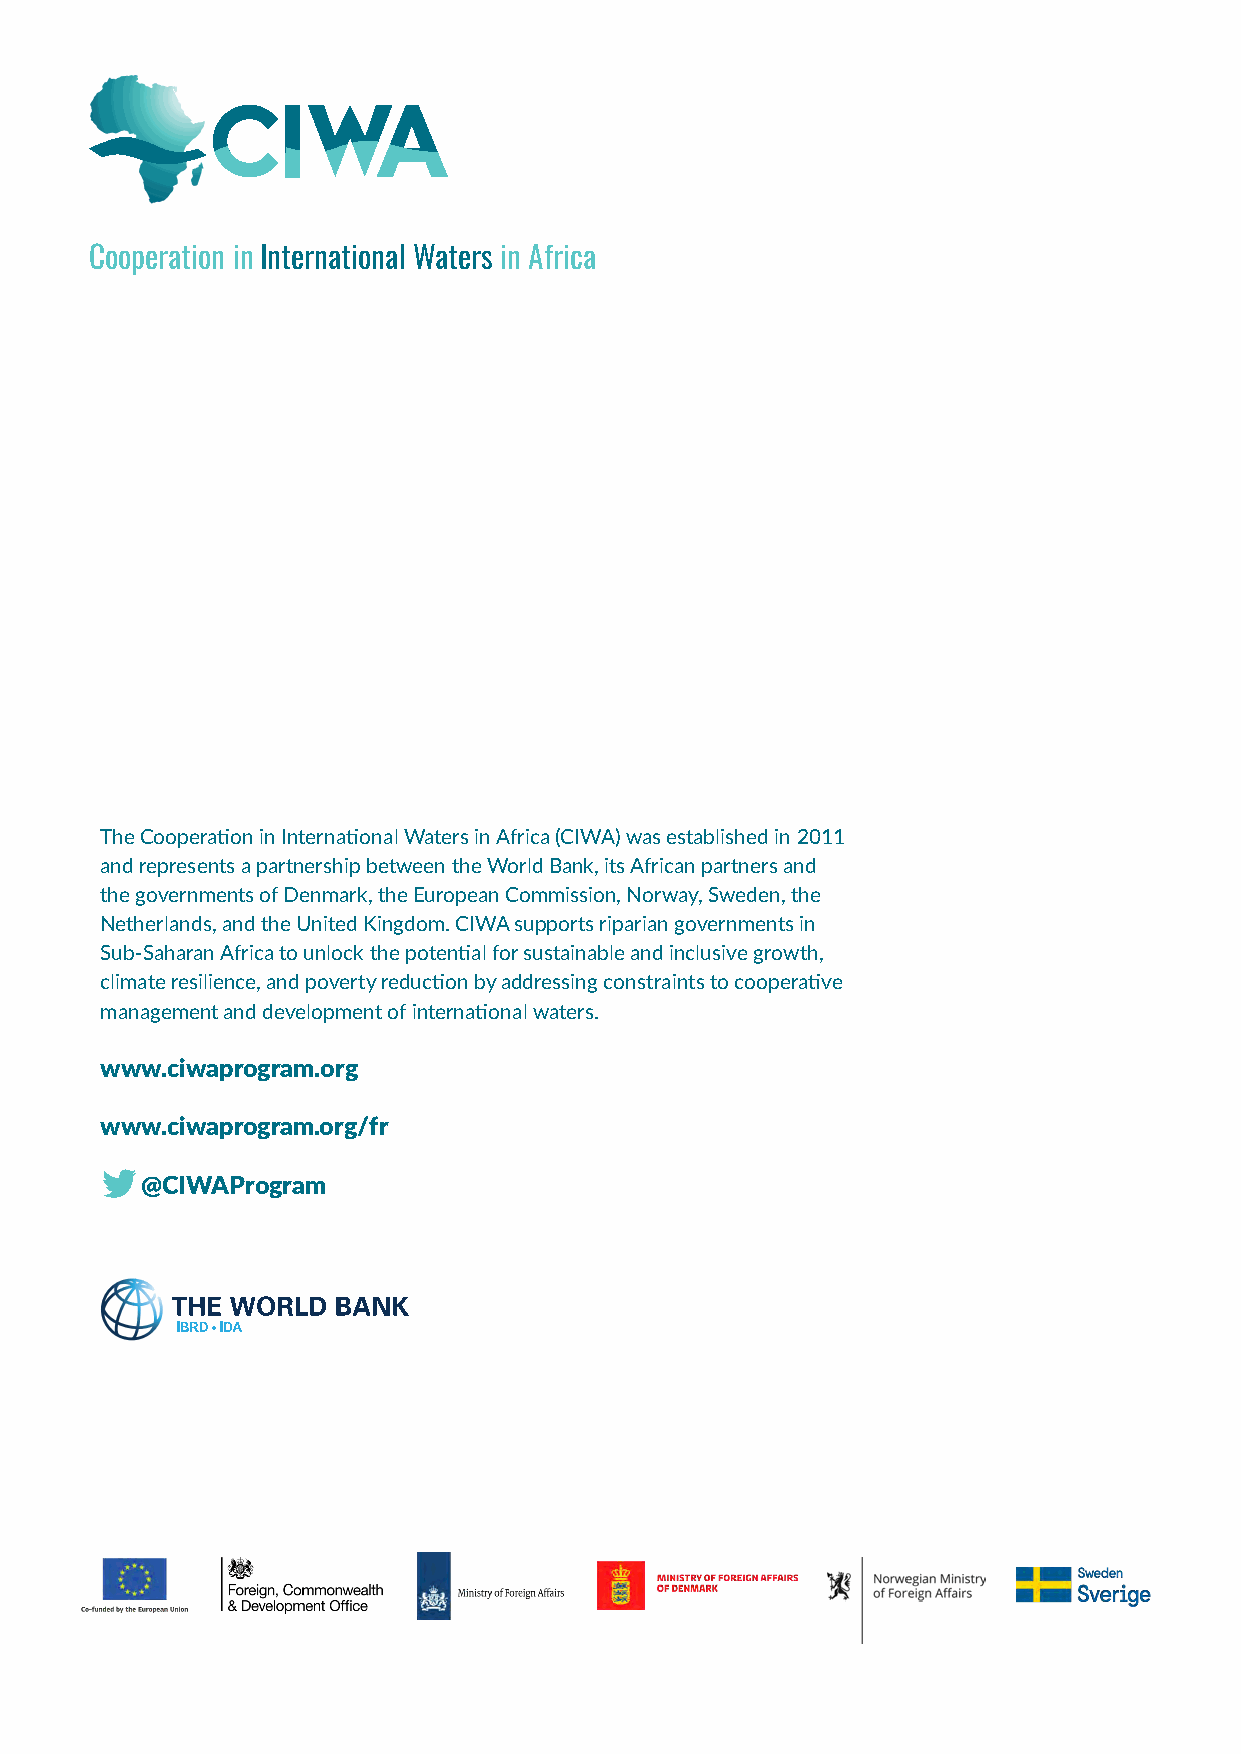
Cooperation in International Waters in Africa
 The Cooperation in International Waters in Africa (CIWA) was established in 2011
 and represents a partnership between the World Bank, its African partners and
 the governments of Denmark, the European Commission, Norway, Sweden, the
 Netherlands, and the United Kingdom. CIWA supports riparian governments in
 Sub-Saharan Africa to unlock the potential for sustainable and inclusive growth,
 climate resilience, and poverty reduction by addressing constraints to cooperative
 management and development of international waters.
 www.ciwaprogram.org
 www.ciwaprogram.org/fr
 @CIWAProgram